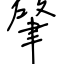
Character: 肇